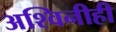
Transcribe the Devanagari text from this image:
अश्विनीही